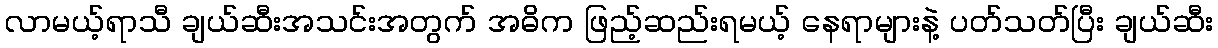
လာမယ့်ရာသီ ချယ်ဆီးအသင်းအတွက် အဓိက ဖြည့်ဆည်းရမယ့် နေရာများနဲ့ ပတ်သတ်ပြီး ချယ်ဆီး